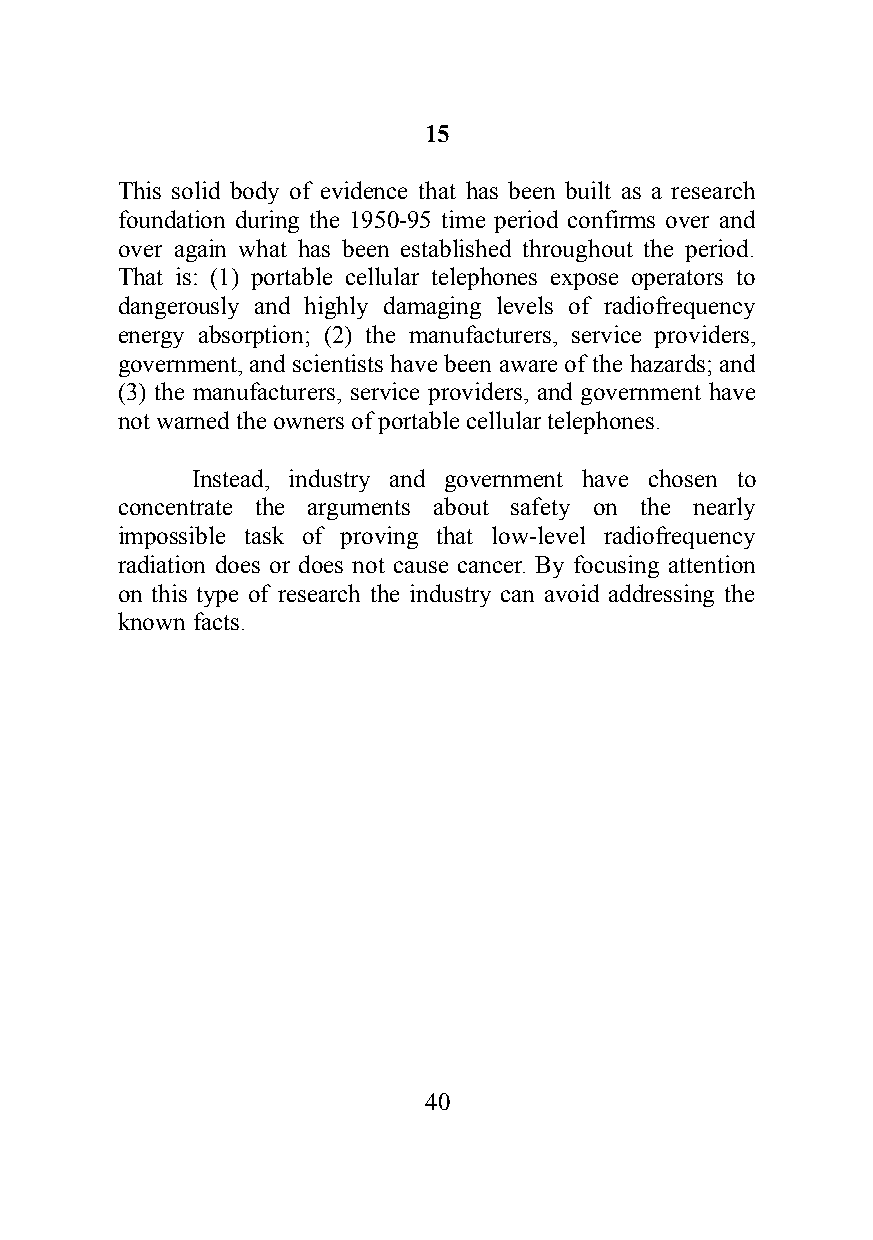
15
 This solid body of evidence that has been built as a research
 foundation during the 1950-95 time period confirms over and
 over again what has been established throughout the period.
 That is: (1) portable cellular telephones expose operators to
 dangerously and highly damaging levels of radiofrequency
 energy absorption; (2) the manufacturers, service providers,
 government, and scientists have been aware of the hazards; and
 (3) the manufacturers, service providers, and government have
 not warned the owners of portable cellular telephones.
 Instead, industry and government have chosen to
 concentrate the arguments about safety on the nearly
 impossible task of proving that low-level radiofrequency
 radiation does or does not cause cancer. By focusing attention
 on this type of research the industry can avoid addressing the
 known facts.
 40